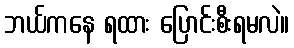
ဘယ်ကနေ ရထား ပြောင်းစီးရမလဲ။